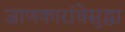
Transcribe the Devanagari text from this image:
जाणकारांचेसुद्धा